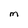
Character: M